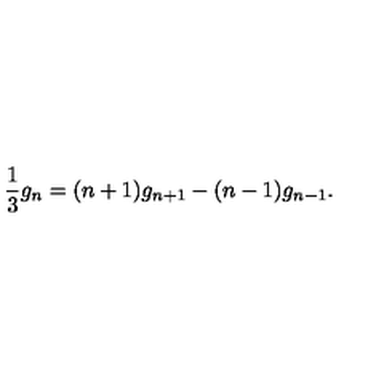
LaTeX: { \frac { 1 } { 3 } } g _ { n } = ( n + 1 ) g _ { n + 1 } - ( n - 1 ) g _ { n - 1 } .